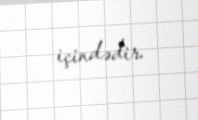
içindədir.